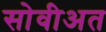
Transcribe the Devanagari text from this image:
सोवीअत